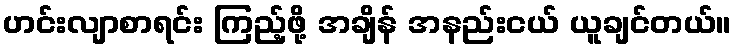
ဟင်းလျာစာရင်း ကြည့်ဖို့ အချိန် အနည်းငယ် ယူချင်တယ်။